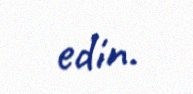
edin.